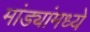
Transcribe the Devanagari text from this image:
मांड्यांमध्ये